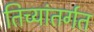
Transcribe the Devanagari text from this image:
तिच्यांतर्गत